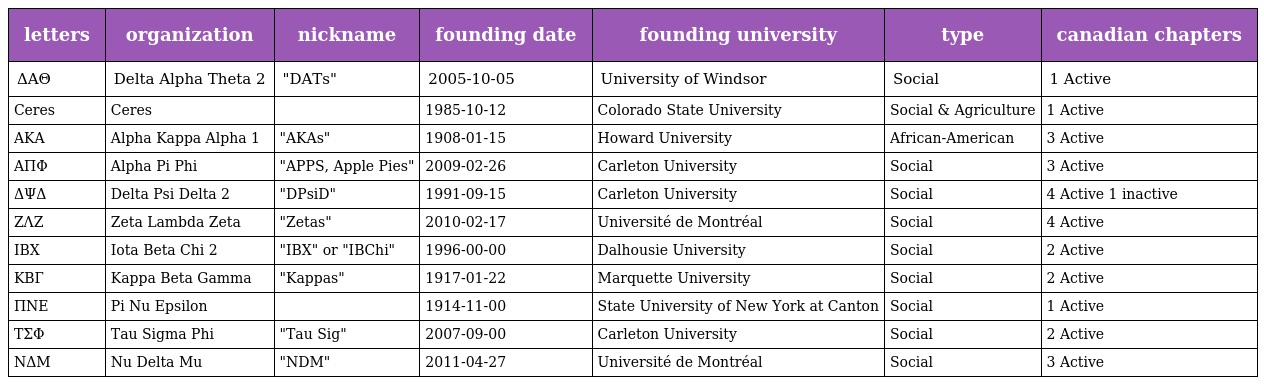
| letters | organization | nickname | founding date | founding university | type | canadian chapters |
 | --- | --- | --- | --- | --- | --- | --- |
 | ΔAΘ | Delta Alpha Theta 2 | "DATs" | 2005-10-05 | University of Windsor | Social | 1 Active |
 | Ceres | Ceres |  | 1985-10-12 | Colorado State University | Social & Agriculture | 1 Active |
 | AKA | Alpha Kappa Alpha 1 | "AKAs" | 1908-01-15 | Howard University | African-American | 3 Active |
 | AΠΦ | Alpha Pi Phi | "APPS, Apple Pies" | 2009-02-26 | Carleton University | Social | 3 Active |
 | ΔΨΔ | Delta Psi Delta 2 | "DPsiD" | 1991-09-15 | Carleton University | Social | 4 Active 1 inactive |
 | ZΛZ | Zeta Lambda Zeta | "Zetas" | 2010-02-17 | Université de Montréal | Social | 4 Active |
 | IBX | Iota Beta Chi 2 | "IBX" or "IBChi" | 1996-00-00 | Dalhousie University | Social | 2 Active |
 | KBГ | Kappa Beta Gamma | "Kappas" | 1917-01-22 | Marquette University | Social | 2 Active |
 | ΠNE | Pi Nu Epsilon |  | 1914-11-00 | State University of New York at Canton | Social | 1 Active |
 | TΣΦ | Tau Sigma Phi | "Tau Sig" | 2007-09-00 | Carleton University | Social | 2 Active |
 | NΔM | Nu Delta Mu | "NDM" | 2011-04-27 | Université de Montréal | Social | 3 Active |